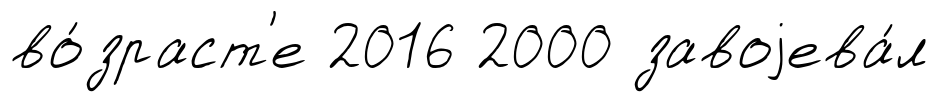
во́зраст'е 2016 2000 завоjева́л